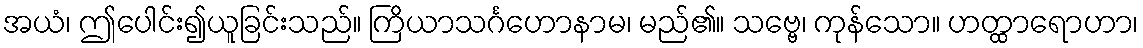
အယံ၊ ဤပေါင်း၍ယူခြင်းသည်။ ကြိယာသင်္ဂဟောနာမ၊ မည်၏။ သဗ္ဗေ၊ ကုန်သော။ ဟတ္ထာရောဟာ၊